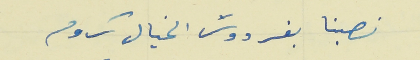
نصبنا بفردوسَ الخيال كروم